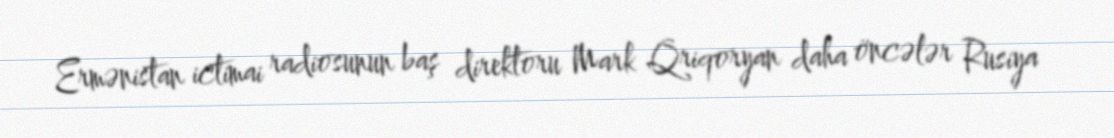
Ermənistan ictimai radiosunun baş direktoru Mark Qriqoryan daha öncələr Rusiya